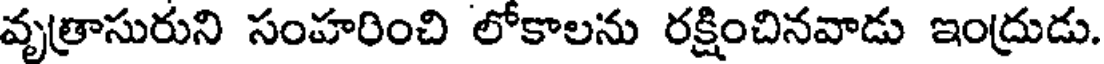
వృత్రాసురుని సంహరించి లోకాలను రక్షించినవాడు ఇంద్రుడు.